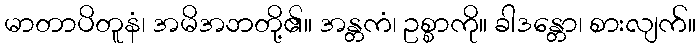
မာတာပိတူနံ၊ အမိအဘတို့၏။ အန္တကံ၊ ဥစ္စာကို။ ခါဒန္တော၊ စားလျက်။